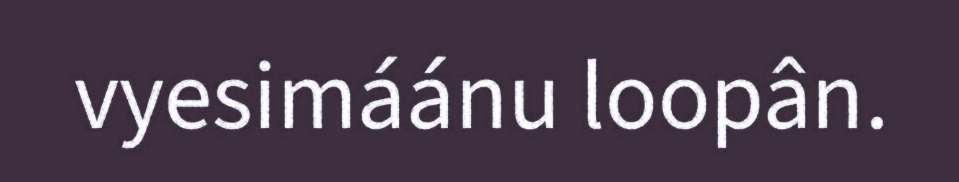
vyesimáánu loopân.